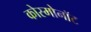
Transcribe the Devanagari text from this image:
कोस्मोनॉट